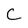
Character: C